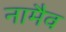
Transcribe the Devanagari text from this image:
नामैव